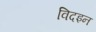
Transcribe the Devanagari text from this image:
विदइन